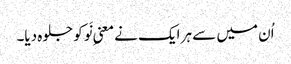
اُن میں سے ہر ایک نے معنیِ نَو کو جلوہ دیا۔